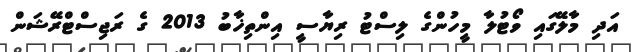
އަދި މާލޭގައި ވޯޓުލާ މީހުންގެ ލިސްޓު ރިޔާސީ އިންތިޚާބު 2013 ގެ ރަޖިސްޓްރޭޝަން